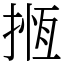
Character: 揯